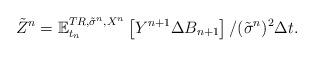
LaTeX: \begin{align*}\tilde{Z}^{n}=\mathbb{E}_{t_{n}}^{TR,\tilde{\sigma}^{n},X^{n}}\left[Y^{n+1}\Delta B_{n+1}\right] /(\tilde{\sigma}^{n})^{2}\Delta t. \end{align*}